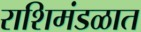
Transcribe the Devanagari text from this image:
राशिमंडळात